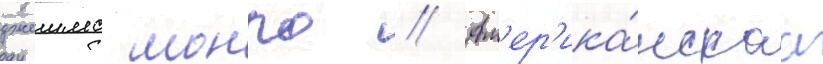
джеимс монро // Ам'ер'ика́нскаа